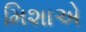
મિશાએ